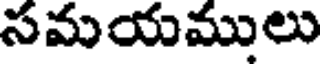
సమయములు